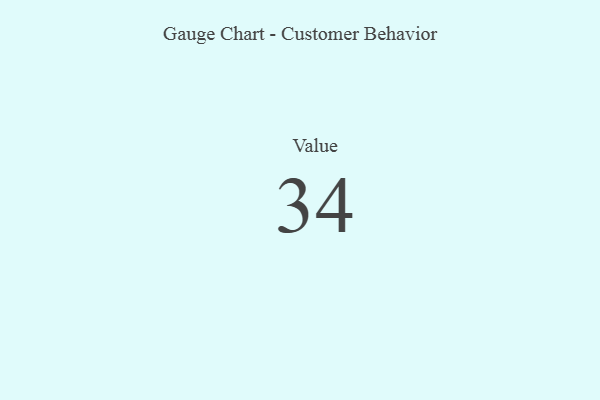
{"axis": {"x": "Metric", "y": "Value"}, "legend": [""], "data": [{"x": "Value", "y": 34, "type": ""}]}